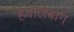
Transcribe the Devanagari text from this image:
हवालबाग